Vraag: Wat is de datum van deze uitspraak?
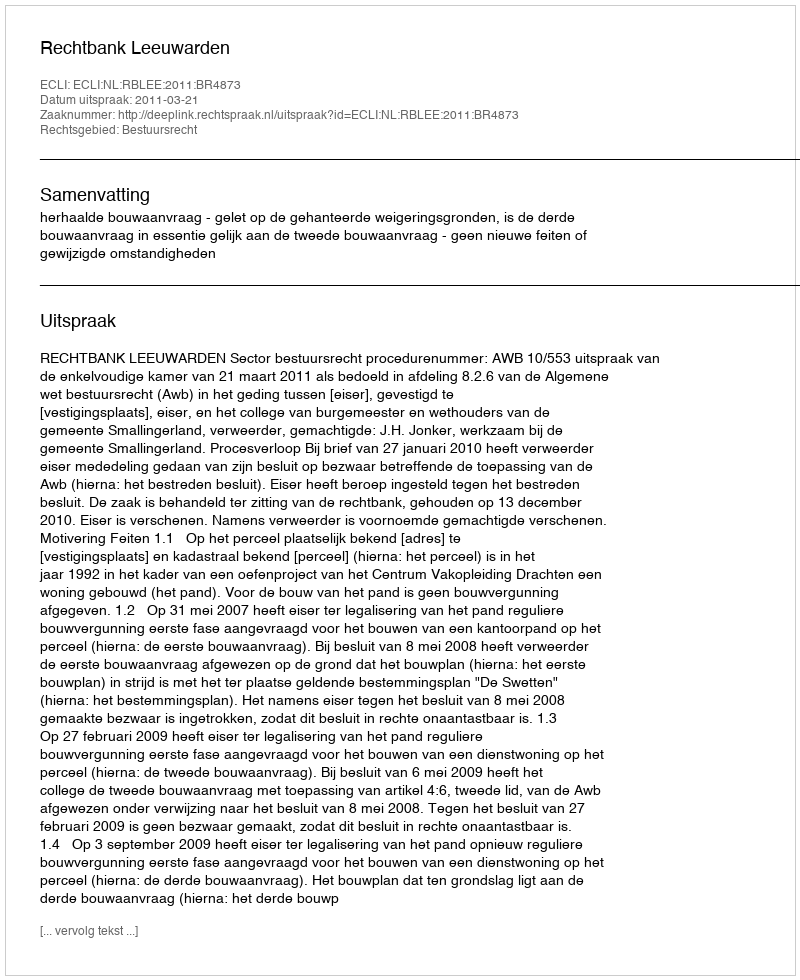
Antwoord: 2011-03-21